Scottish Leaving Certificate Examination, 1956
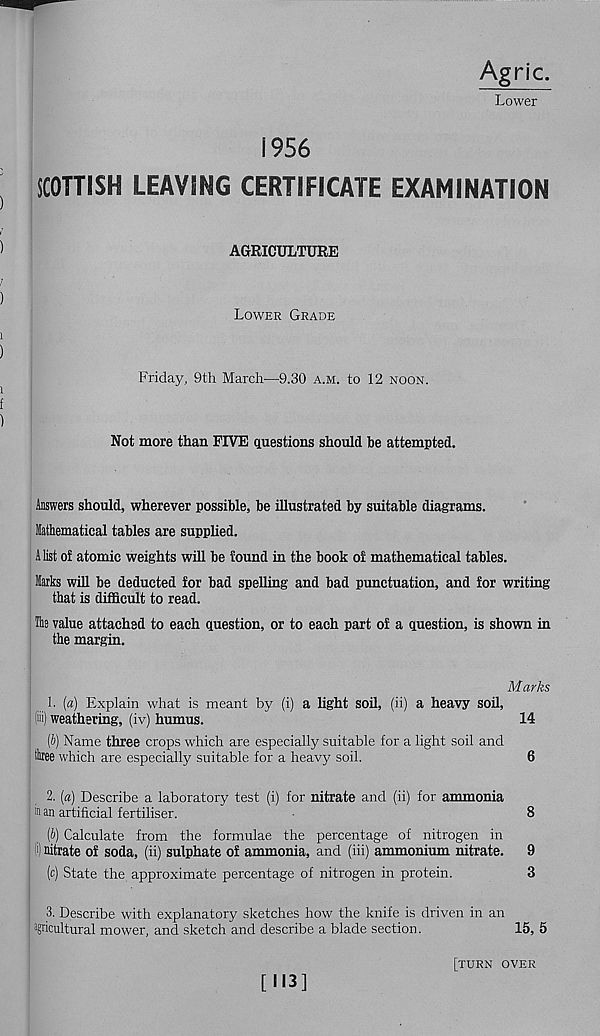
Agric.
Lower
1956
(
SCOTTISH LEAVING CERTIFICATE EXAMINATION
/
)
AGRICULTURE
)
Lower Grade
i
)
Friday, 9th March—9.30 a.m. to 12 noon.
f
)
Not more than FIVE questions should he attempted.
Answers should, wherever possible, be illustrated by suitable diagrams.
Mathematical tables are supphed.
A list of atomic weights will be found in the book o! mathematical tables.
Marks will be deducted for bad spelling and bad punctuation, and for writing
that is difficult to read.
The value attached to each question, or to each part of a question, is shown in
the margin.
Marks
1. [a) Explain what is meant by (i) a light soil, (ii) a heavy soil,
(iii) weathering, (iv) humus.
14
[b] Name three crops which are especially suitable for a light soil and
fae which are especially suitable for a heavy soil.
6
2. [a) Describe a laboratory test (i) for nitrate and (ii) for ammonia
in an artificial fertiliser.
•
8
[b) Calculate from the formulae the percentage of nitrogen in
' ) nitrate of soda, (ii) sulphate of ammonia, and (iii) ammonium nitrate. 9
(c) State the approximate percentage of nitrogen in protein.
3
3. Describe with explanatory sketches how the knife is driven in an
Iptiltural mower, and sketch and describe a blade section.
15, 5
[H3]
[turn over